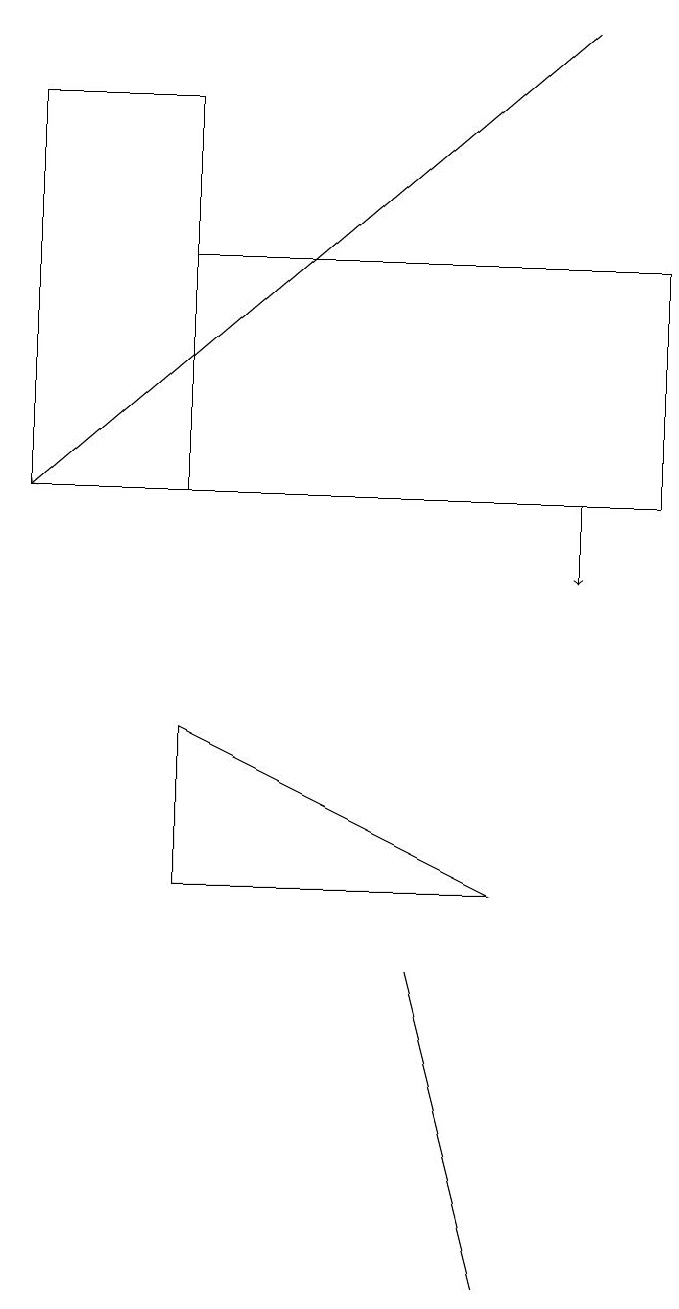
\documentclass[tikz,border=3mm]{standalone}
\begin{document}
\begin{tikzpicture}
\draw (6,6) -- (2,6) -- (2,8) -- cycle;
\draw (6,1) -- (5,5) -- (5,5) -- cycle;
\draw (8,14) rectangle (2,11);
\draw[->] (7,17) -- (0,11);
\draw (2,11) rectangle (0,16);
\draw[->] (7,11) -- (7,10);
\draw (2,11) rectangle (5,11);
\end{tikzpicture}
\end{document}